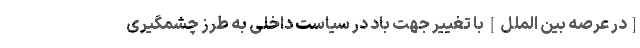
[در عرصه بین الملل] با تغییر جهت باد در سیاست داخلی به طرز چشمگیری